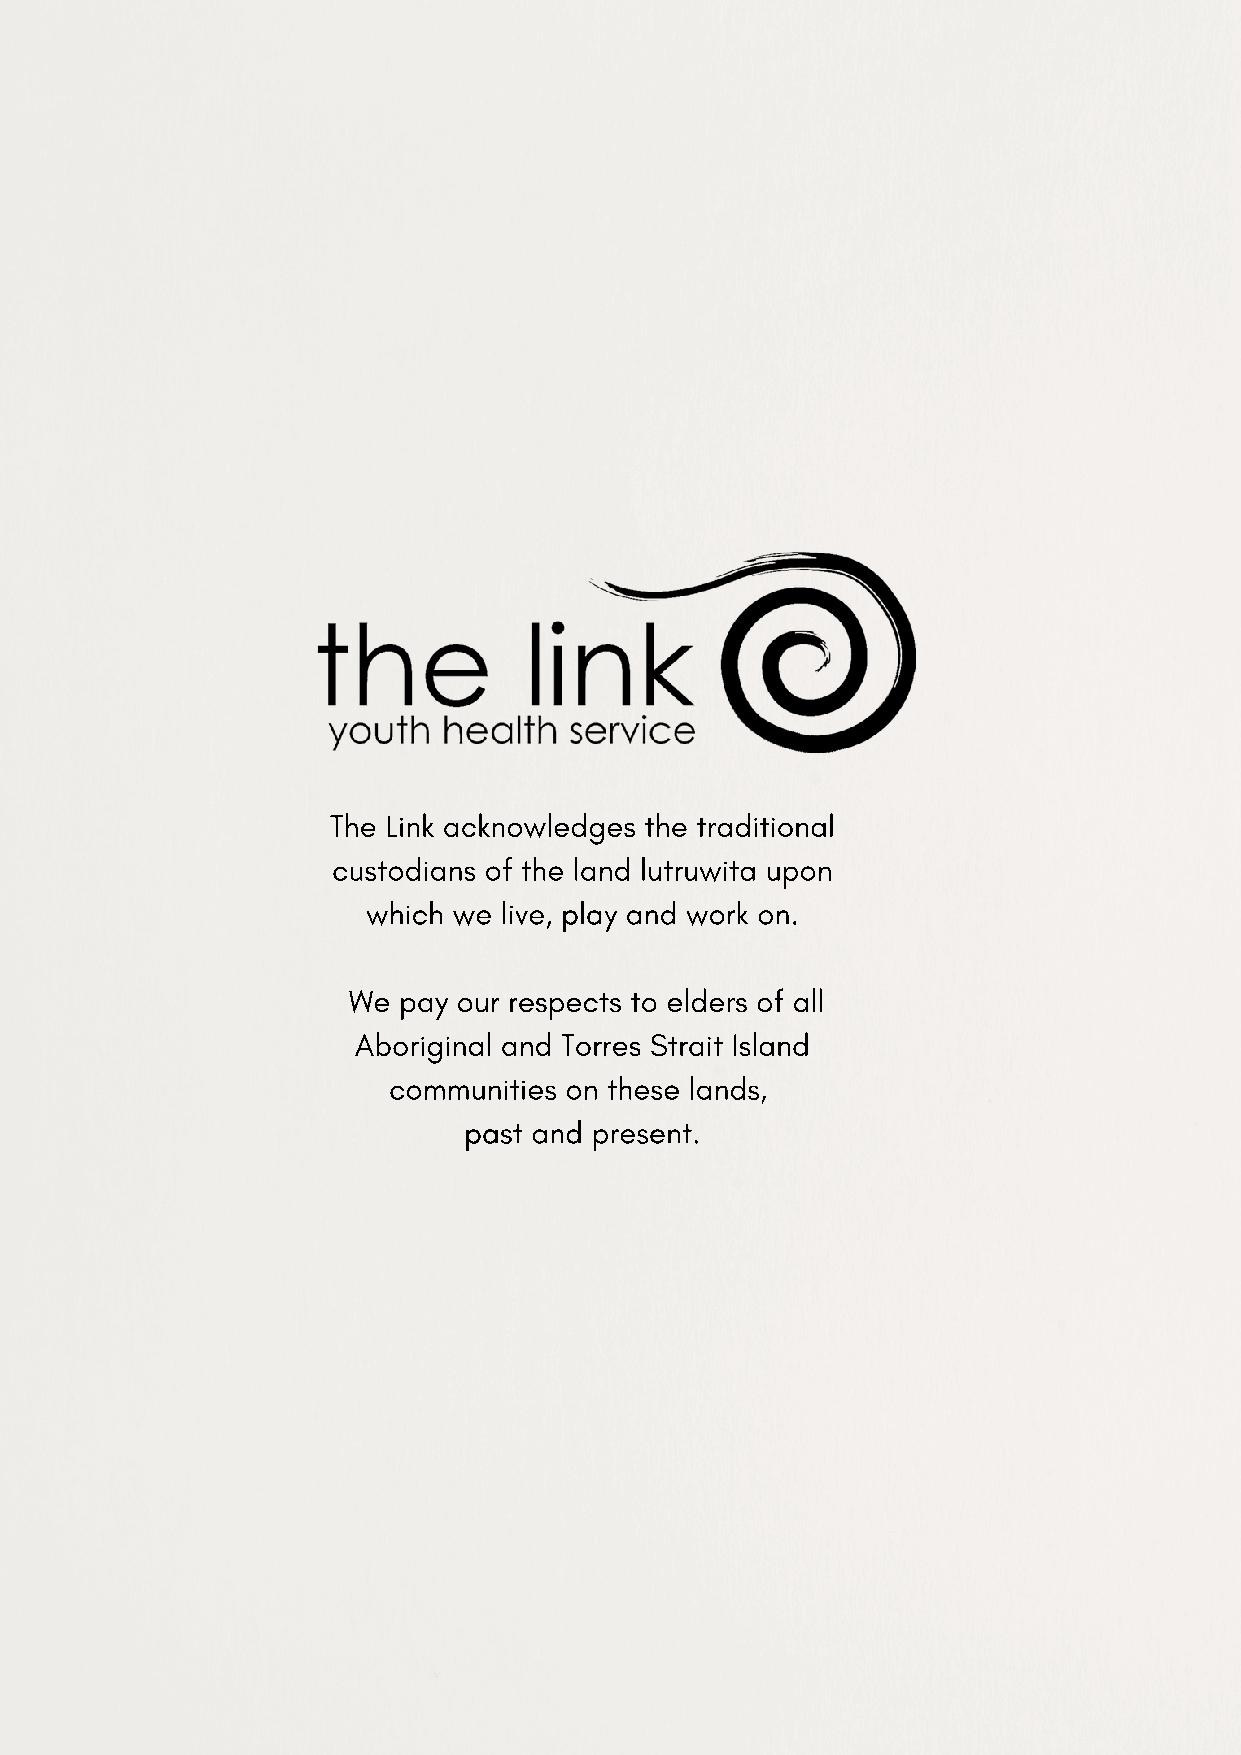
The Link acknowledges the traditional
 custodians of the land lutruwita upon
 which we live, play and work on.
 We pay our respects to elders of all
 Aboriginal and Torres Strait Island
 communities on these lands,
 past and present.